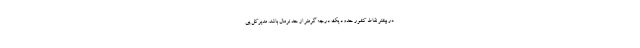
در بیشتر نقاط کشور حدود یک درجه گرمتر از حد نرمال باشد. مدیرکل پی